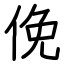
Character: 俛